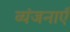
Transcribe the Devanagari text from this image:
व्यंजनाएँ